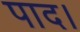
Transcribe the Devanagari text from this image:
पाद।